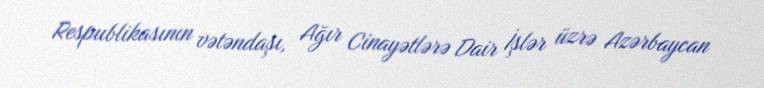
Respublikasının vətəndaşı, Ağır Cinayətlərə Dair İşlər üzrə Azərbaycan